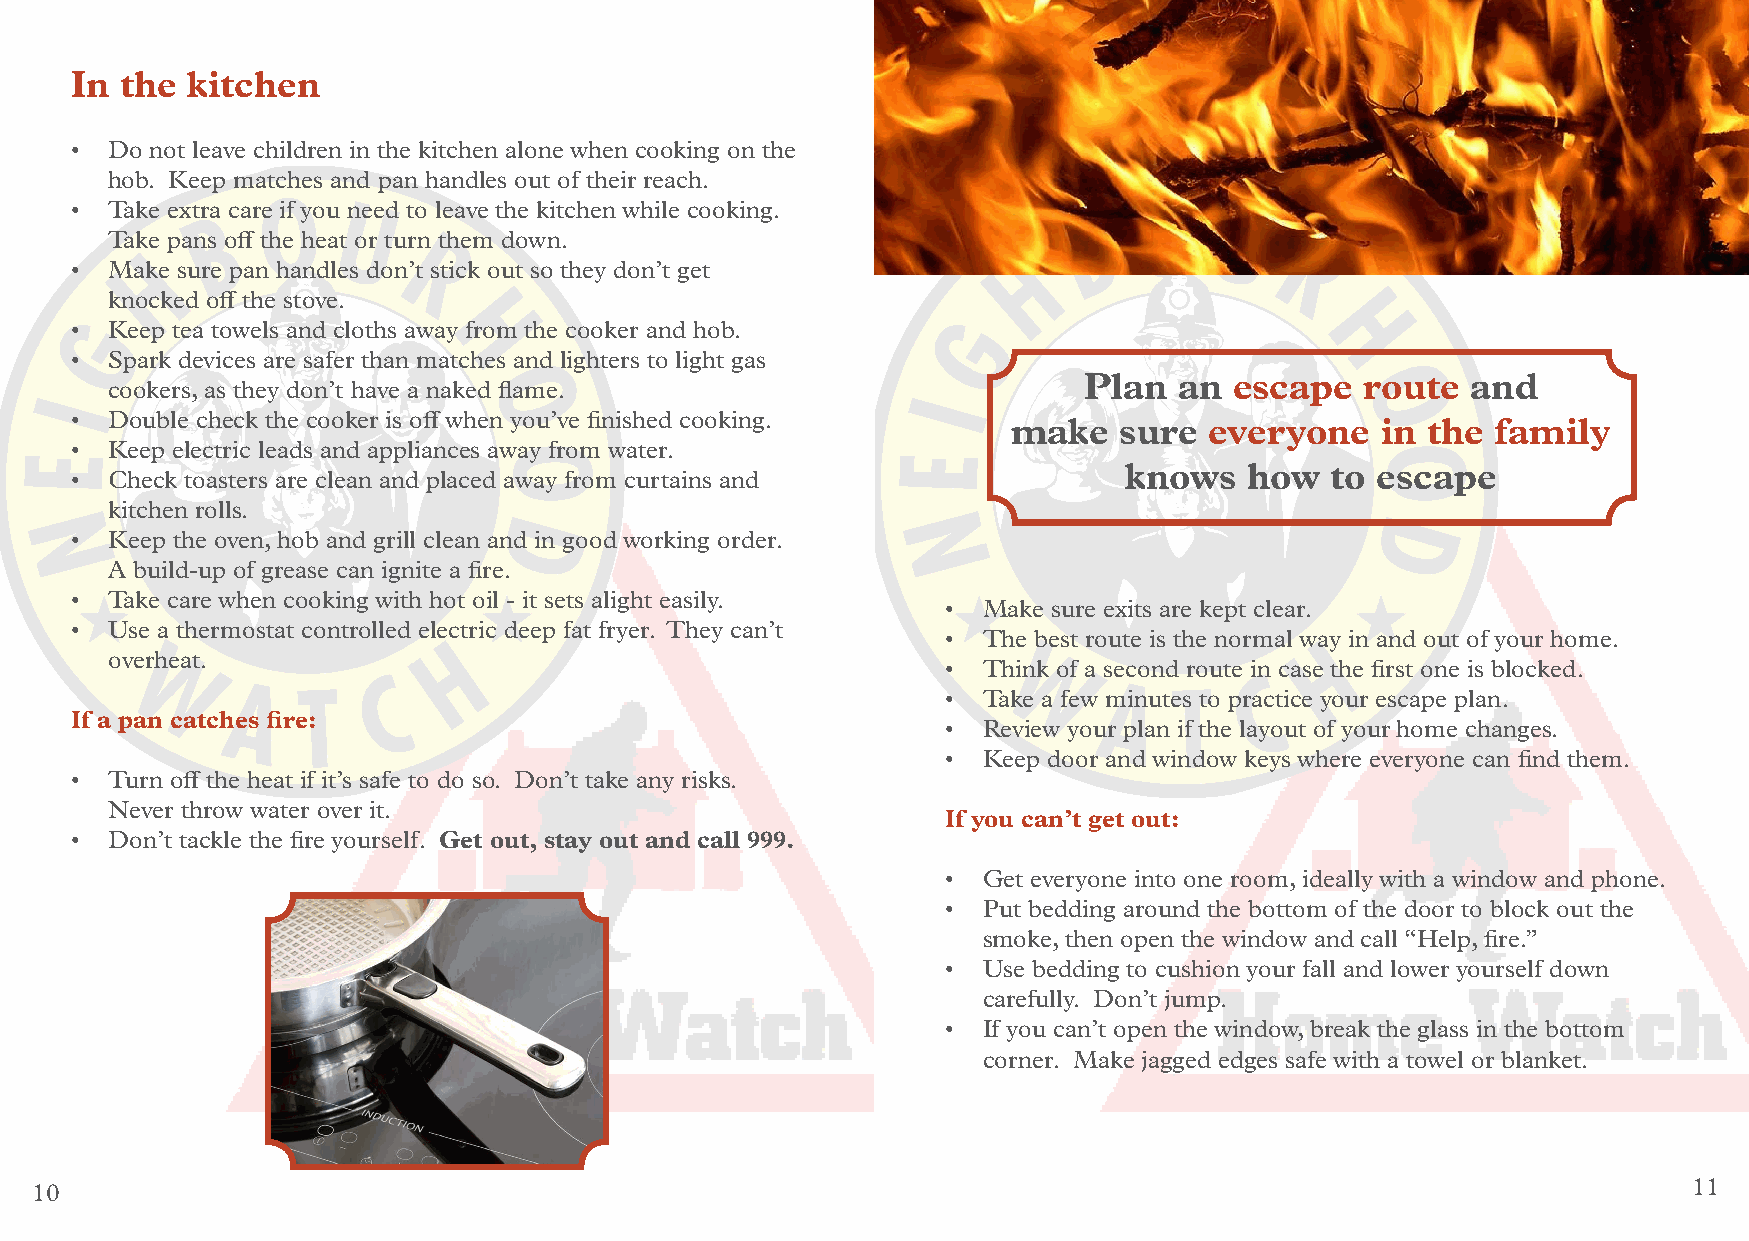
In the kitchen
 • Do not leave children in the kitchen alone when cooking on the
 hob. Keep matches and pan handles out of their reach.
 • Take extra care if you need to leave the kitchen while cooking.
 Take pans off the heat or turn them down.
 • Make sure pan handles don’t stick out so they don’t get
 knocked off the stove.
 • Keep tea towels and cloths away from the cooker and hob.
 • Spark devices are safer than matches and lighters to light gas
 Plan  an  escape  route  and
 cookers, as they don’t have a naked flame.
 • Double check the cooker is off when you’ve finished cooking.
 make   sure  everyone   in the  family
 • Keep electric leads and appliances away from water.
 knows    how  to escape
 • Check toasters are clean and placed away from curtains and
 kitchen rolls.
 • Keep the oven, hob and grill clean and in good working order.
 A build-up of grease can ignite a fire.
 • Take care when cooking with hot oil - it sets alight easily.
 • Make sure exits are kept clear.
 • Use a thermostat controlled electric deep fat fryer. They can’t
 • The best route is the normal way in and out of your home.
 overheat.
 • Think of a second route in case the first one is blocked.
 • Take a few minutes to practice your escape plan.
 If a pan catches fire:
 • Review your plan if the layout of your home changes.
 • Keep door and window keys where everyone can find them.
 • Turn off the heat if it’s safe to do so. Don’t take any risks.
 Never throw water over it.
 If you can’t get out:
 • Don’t tackle the fire yourself. Get out, stay out and call 999.
 • Get everyone into one room, ideally with a window and phone.
 • Put bedding around the bottom of the door to block out the
 smoke, then open the window and call “Help, fire.”
 • Use bedding to cushion your fall and lower yourself down
 carefully. Don’t jump.
 • If you can’t open the window, break the glass in the bottom
 corner. Make jagged edges safe with a towel or blanket.
 10                                                                                                            11